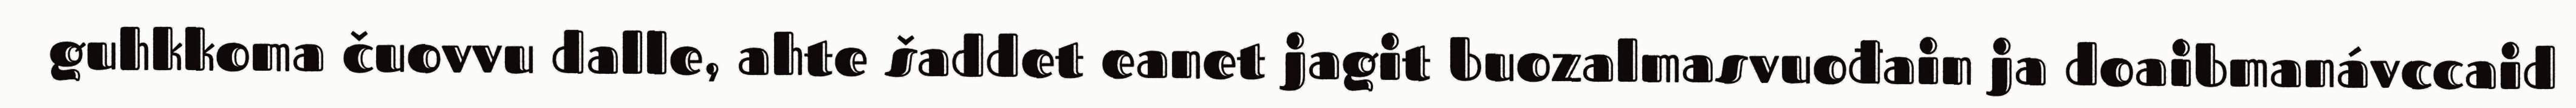
guhkkoma čuovvu dalle, ahte šaddet eanet jagit buozalmasvuođain ja doaibmanávccaid